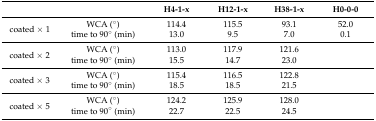
<table><thead><tr><td></td><td></td><td><b>H4-1-x</b></td><td><b>H12-1-x</b></td><td><b>H38-1-x</b></td><td><b>H0-0-0</b></td></tr></thead><tbody><tr><td rowspan="2">coated × 1</td><td>WCA (°)</td><td>114.4</td><td>115.5</td><td>93.1</td><td>52.0</td></tr><tr><td>time to 90° (min)</td><td>13.0</td><td>9.5</td><td>7.0</td><td>0.1</td></tr><tr><td rowspan="2">coated × 2</td><td>WCA (°)</td><td>113.0</td><td>117.9</td><td>121.6</td><td></td></tr><tr><td>time to 90° (min)</td><td>15.5</td><td>14.7</td><td>23.0</td><td></td></tr><tr><td rowspan="2">coated × 3</td><td>WCA (°)</td><td>115.4</td><td>116.5</td><td>122.8</td><td></td></tr><tr><td>time to 90° (min)</td><td>18.5</td><td>18.5</td><td>21.5</td><td></td></tr><tr><td rowspan="2">coated × 5</td><td>WCA (°)</td><td>124.2</td><td>125.9</td><td>128.0</td><td></td></tr><tr><td>time to 90° (min)</td><td>22.7</td><td>22.5</td><td>24.5</td><td></td></tr></tbody></table>